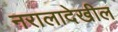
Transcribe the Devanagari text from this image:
नरालादेखील